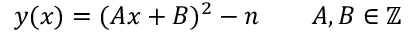
y ( x ) = ( A x + B ) ^ { 2 } - n \qquad A , B \in \mathbb { Z }